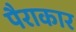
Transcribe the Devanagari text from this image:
पैराकार